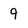
Character: 9